Medical and sanitary report of the native army of Bengal for the year
Year: 1878
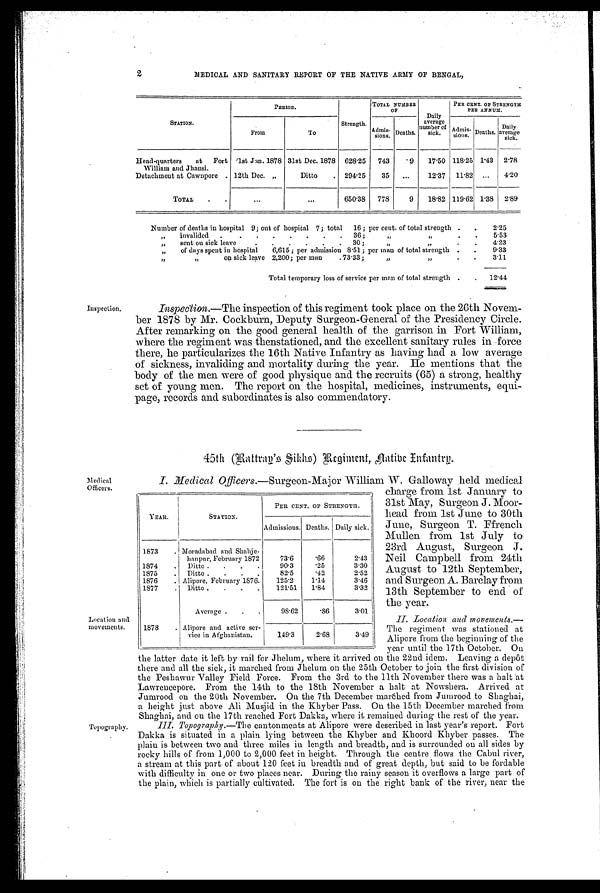
2
MEDICAL AND SANITARY REPORT OF THE NATIVE ARMY OF BENGAL,
STATION.
PERIOD.
Strength.
TOTAL NUMBER
OF
Daily
average
number of
sick.
PER CENT. OF STRENGTH
PER ANNUM.
From
To
Admis-
sions. Deaths.
Admis-
sions. Deaths.
Daily
average
sick.
Head-quarters at Fort
William and Jhausi.
1st Jan. 1878 31st Dec. 1878 628.25
743
9
17.50 118.25 1.43 2.78
Detachment at Cawnpore . 12th Dec. „
Ditto
. 294.25
35
...
12.37 11.82 ...
4.20
TOTAL
.
.
...
. . . 650.38
778
9
18.82 119.62 1.38
2.89
Inspection.
Medical
Officers.
Location and
movements.
Topography.
Number of deaths in hospital 9; out of hospital 7; total
16; per cent. of total strength .
.
2.25
, ,
invalided
.
.
.
.
.
.
.
.
36;
,,
,,
.
.
5.53
,,
sent on sick leave
.
.
.
.
.
.
30;
,,
,,
.
.
4.23
„
of days spent in hospital 6,615; per admission 8.51; per man of total strength .
.
9.33
, ,
,,
on sick leave 2,200; per man
. 73.33;
, ,
,,
.
.
3.11
Total temporary loss of service per man of total strength .
.
12.44
Inspection.—The inspection of this regiment took place on the 26th Novem-
ber 1878 by Mr. Cockburn, Deputy Surgeon-General of the Presidency Circle.
After remarking on the good general health of the garrison in Fort William,
where the regiment was thenstationed, and the excellent sanitary rules in force
there, he particularizes the 16th Native Infantry as having had a low average
of sickness, invaliding and mortality during the year. He mentions that the
body of the men were of good physique and the recruits (65) a strong, healthy
set of young men. The report on the hospital, medicines, instruments, equi-
page, records and subordinates is also commendatory.
45th (Battrag's Sikhs) Begiment, native Infantrg.
I. Medical Officers.— Surgeon-Major William W. Galloway held medical
charge from 1st January to
31st May, Surgeon J. Moor-
head from 1st June to 30th
June, Surgeon T. Ffrench
Mullen from 1st July to
23rd August, Surgeon J.
Neil Campbell from 24th
August to 12th September,
and Surgeon A. Barclay from
13th September to end of
the year.
II. Location and movements. —
The regiment was stationed at
Alipore from the beginning of the
year until the 17th October. On
the latter date it left by rail for Jhelum, where it arrived on the 22nd idem. Leaving a depôt
there and all the sick, it marched from Jhelum on the 25th October to join the first division of
the Peshawur Valley Field Force. From the 3rd to the 11th November there was a halt at
Lawreucepore. From the 14th to the 18th November a halt at Nowshera. Arrived at
Jumrood on the 20th November. On the 7th December marched from Jumrood to Shaghai,.
a height just above Ali Musjid in the Khyber Pass. On the 15th December marched from
Shaghai, and on the 17th reached Fort Dakka, where it remained durin the rest of the year.
III. Topography.— The cantonments at Alipore were described in last year's report. Fort
Dakka is situated in a plain lying between the Khyber and Khoord Khyber passes. The
plain is between two and three miles in length and breadth, and. is surrounded on all sides by
rocky hills of from 1,000 to 2,000 feet in height. Through the centre flows the Cabul river,
a stream at this part of about 120 feet in breadth and of great depth, but said to be fordable
with difficulty in one or two places near. During the rainy season it overflows a large part of
the plain, which is partially cultivated. The fort is on the right bank of the river, near the
YEAR.
STATION.
PER CENT. OF STRENGTH.
Admissions. Deaths. Daily sick.
1873
. Moradabad and Shabje-
hanpur, February 1872
73.6
.66
2.43
1874
,
Ditto .
.
.
.
90.3
.25
3.30
1875
.
Ditto .
.
.
.
82.5
. 4 2
2.52
1876
. Alipore, February 1876.
125.2
1.14
3.46
1877
.
Ditto
.
.
. .
121.51
1.84
3.32
Average .
.
.
98.62
.86
3.01
1878
. Alipore and active ser-
vice in Afghanistan.
149.3
2.68
3.49